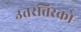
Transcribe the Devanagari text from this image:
उत्तरतिरको